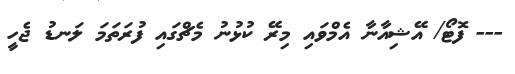
--- ފޮޓޯ/ އޭޝިއާނާ އެމްވައި މިރޭ ކުޅުނު މެޗްގައި ފުރަތަމަ ލަނޑު ޖެހީ